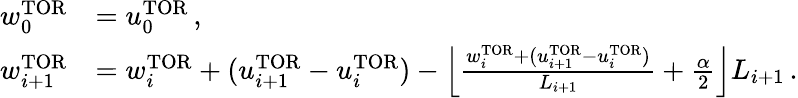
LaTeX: \begin{array}{rl}{w_{0}^{\mathrm{TOR}}}&{=u_{0}^{\mathrm{TOR}}\, ,}\\ {w_{i+1}^{\mathrm{TOR}}}&{=w_{i}^{\mathrm{TOR}}+(u_{i+1}^{\mathrm{TOR}}-u_{i}^{\mathrm{TOR}})-\left\lfloor\frac{w_{i}^{\mathrm{TOR}}+(u_{i+1}^{\mathrm{TOR}}-u_{i}^{\mathrm{TOR}})}{L_{i+1}}+\frac{\alpha}{2}\right\rfloor L_{i+1}\, .}\end{array}